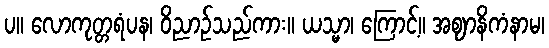
ပ။ လောကုတ္တရံပန၊ ဝိညာဉ်သည်ကား။ ယသ္မာ၊ ကြောင့်။ အဈာနိကံနာမ၊